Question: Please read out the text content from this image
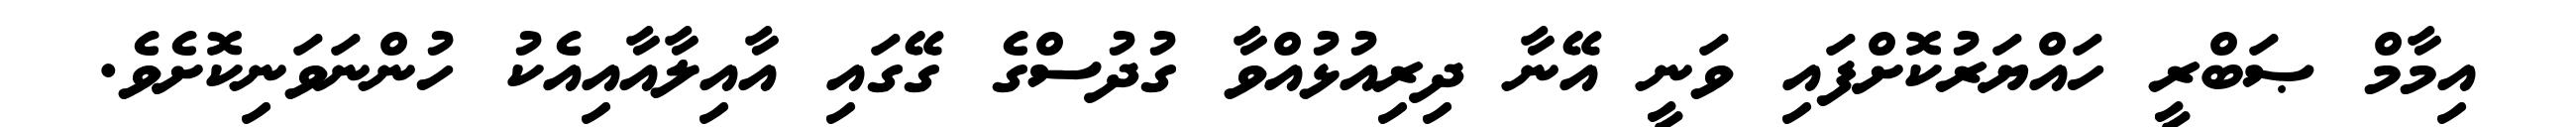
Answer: އިމާމް ޞަބްރީ ހައްޔަރުކޮށްފައި ވަނީ އޭނާ ދިރިއުޅުއްވާ ގުދުސްގެ ގޭގައި އާއިލާއާއިއެކު ހުންނަވަނިކޮށެވެ.